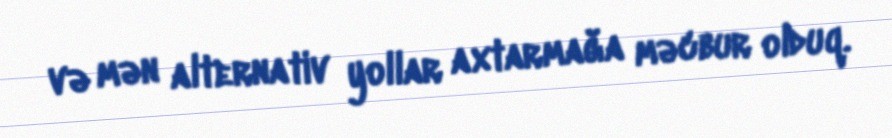
və mən alternativ yollar axtarmağa məcbur olduq.